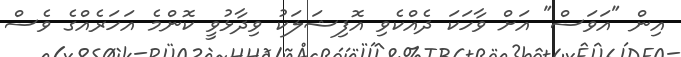
އިން "އަވަސް" އަށް ވާހަކަ ދެއްކެވި އޮފިޝަލަކު ވިދާޅުވީ ކޮންމެ އަހަރެއްގެ ވެސް